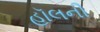
હૉલની